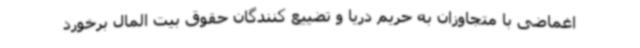
اغماضی با متجاوزان به حریم دریا و تضییع کنندگان حقوق بیت المال برخورد